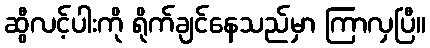
ဆွီလင့်ပါးကို ရိုက်ချင်နေသည်မှာ ကြာလှပြီ။